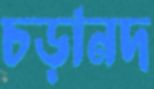
চড়ানদ